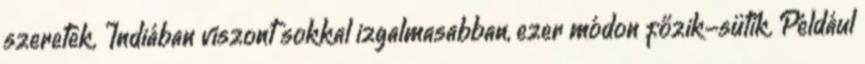
szeretek. Indiában viszont sokkal izgalmasabban, ezer módon főzik-sütik. Például